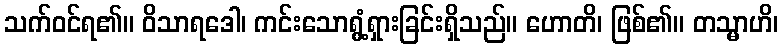
သက်ဝင်ရ၏။ ဝိသာရဒေါ၊ ကင်းသောရွံ့ရှားခြင်းရှိသည်။ ဟောတိ၊ ဖြစ်၏။ တသ္မာဟိ၊